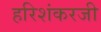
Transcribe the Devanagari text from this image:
हरिशंकरजी